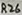
Text: R26